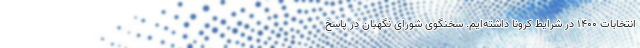
انتخابات ۱۴۰۰ در شرایط کرونا داشته‌ایم. سخنگوی شورای نگهبان در پاسخ